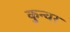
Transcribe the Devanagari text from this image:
कुन्वर